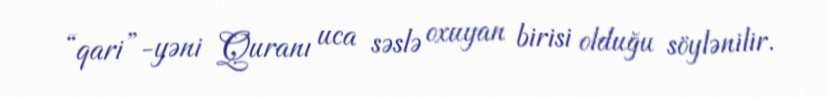
“qari”-yəni Quranı uca səslə oxuyan birisi olduğu söylənilir.